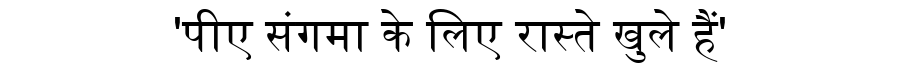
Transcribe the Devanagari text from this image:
'पीए संगमा के लिए रास्ते खुले हैं'